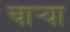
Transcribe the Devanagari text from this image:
चाऱ्या